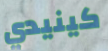
كينيدي